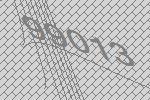
99013